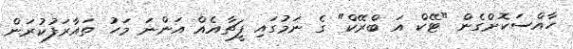
ހާއްސަކޮށްގެން "ޓޭކް އަ ބްރޭކް" ގެ ނަމުގައި ފީޗާއެއް އަންނަ މަހު ތައާރަފުކުރަން